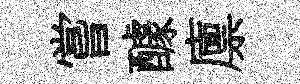
嘗醵廪